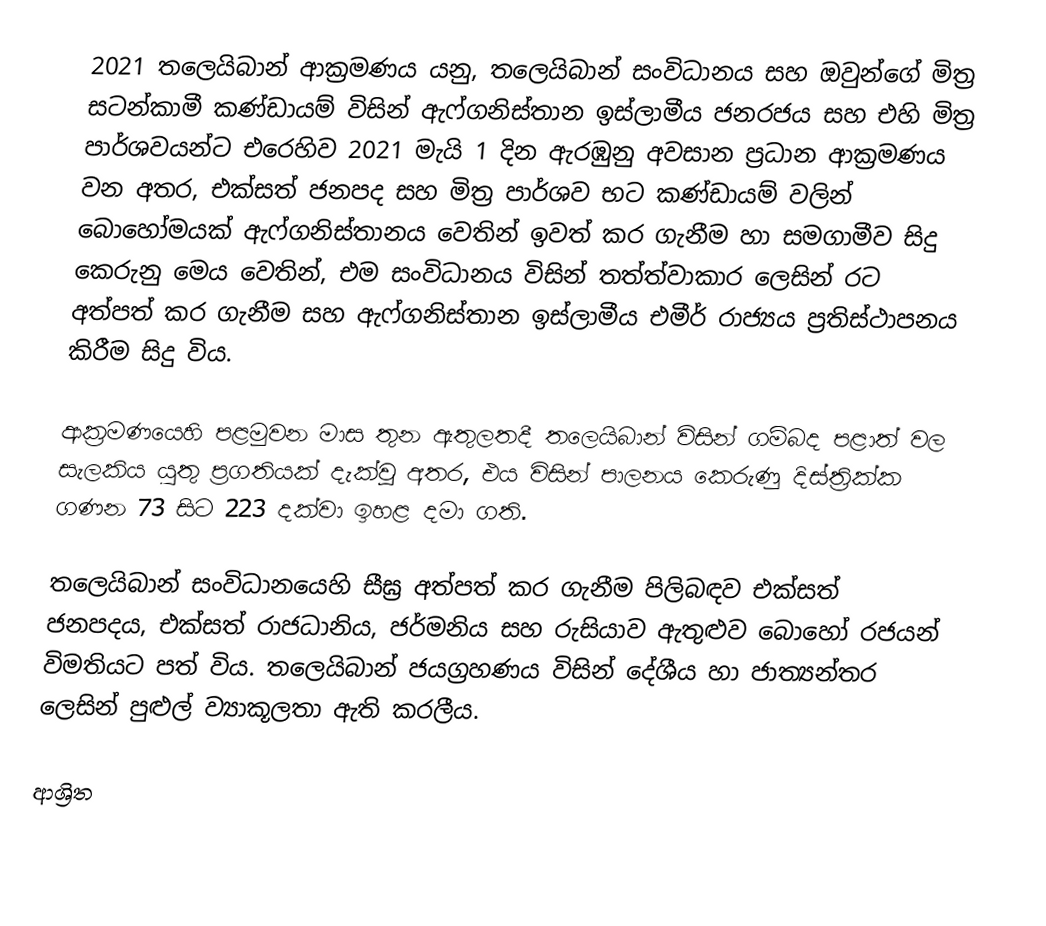
2021 තලෙයිබාන් ආක්‍රමණය යනු, තලෙයිබාන් සංවිධානය සහ ඔවුන්ගේ මිත්‍ර සටන්කාමී කණ්ඩායම් විසින් ඇෆ්ගනිස්තාන ඉස්ලාමීය ජනරජය සහ එහි මිත්‍ර පාර්ශවයන්ට එරෙහිව 2021 මැයි 1 දින ඇරඹුනු අවසාන ප්‍රධාන ආක්‍රමණය වන අතර,  එක්සත් ජනපද සහ මිත්‍ර පාර්ශව භට කණ්ඩායම් වලින් බොහෝමයක්  ඇෆ්ගනිස්තානය වෙතින් ඉවත් කර ගැනීම හා සමගාමීව සිදු කෙරුනු මෙය වෙතින්, එම සංවිධානය විසින් තත්ත්වාකාර ලෙසින් රට අත්පත් කර ගැනීම සහ ඇෆ්ගනිස්තාන ඉස්ලාමීය එමීර් රාජ්‍යය ප්‍රතිස්ථාපනය කිරීම සිදු විය.

ආක්‍රමණයෙහි පළමුවන මාස තුන ඇතුලතදී තලෙයිබාන් විසින් ගම්බද පළාත් වල සැලකිය යුතු ප්‍රගතියක් දැක්වූ අතර, එය විසින් පාලනය කෙරුණු දිස්ත්‍රික්ක ගණන 73 සිට 223 දක්වා ඉහළ දමා ගති.

තලෙයිබාන් සංවිධානයෙහි සීඝ්‍ර අත්පත් කර ගැනීම පිලිබඳව  එක්සත් ජනපදය, එක්සත් රාජධානිය, ජර්මනිය සහ රුසියාව  ඇතුළුව බොහෝ රජයන් විමතියට පත් විය. තලෙයිබාන් ජයග්‍රහණය විසින් දේශීය හා ජාත්‍යන්තර ලෙසින් පුළුල් ව්‍යාකූලතා ඇති කරලීය.

ආශ්‍රිත